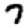
Digit: 7